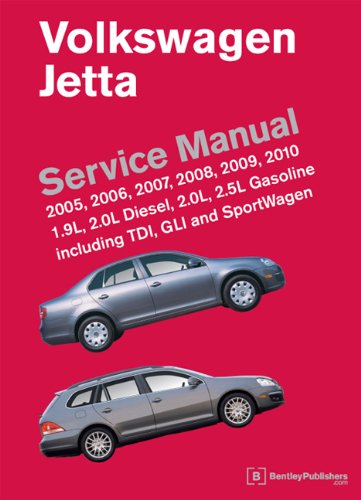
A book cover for Volkswagen Jetta (A5) Service Manual: 2005, 2006, 2007, 2008, 2009, 2010; Bentley Publishers; Engineering & Transportation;